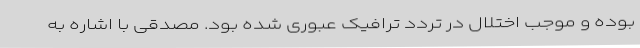
بوده و موجب اختلال در تردد ترافیک عبوری شده بود. مصدقی با اشاره به